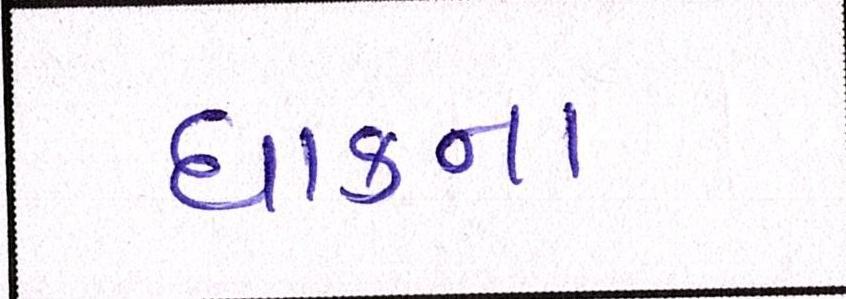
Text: ધાકના